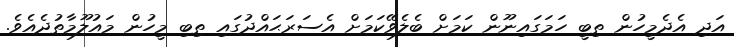
އަދި އެދެމީހުން ތިބީ ހަމަގައިނޫން ކަމަށް ބެލެވޭކަމަށް އެސަރަޙައްދުގައި ތިބި މީހުން މައުލޫމާތުދެއެވެ.